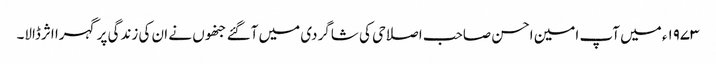
۱۹۷۳ء میں آپ امین احسن صاحب اصلاحی کی شاگردی میں آگئے جنھوں نے ان کی زندگی پر گہرا اثرڈالا۔